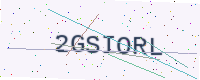
Text: 2GSIORL